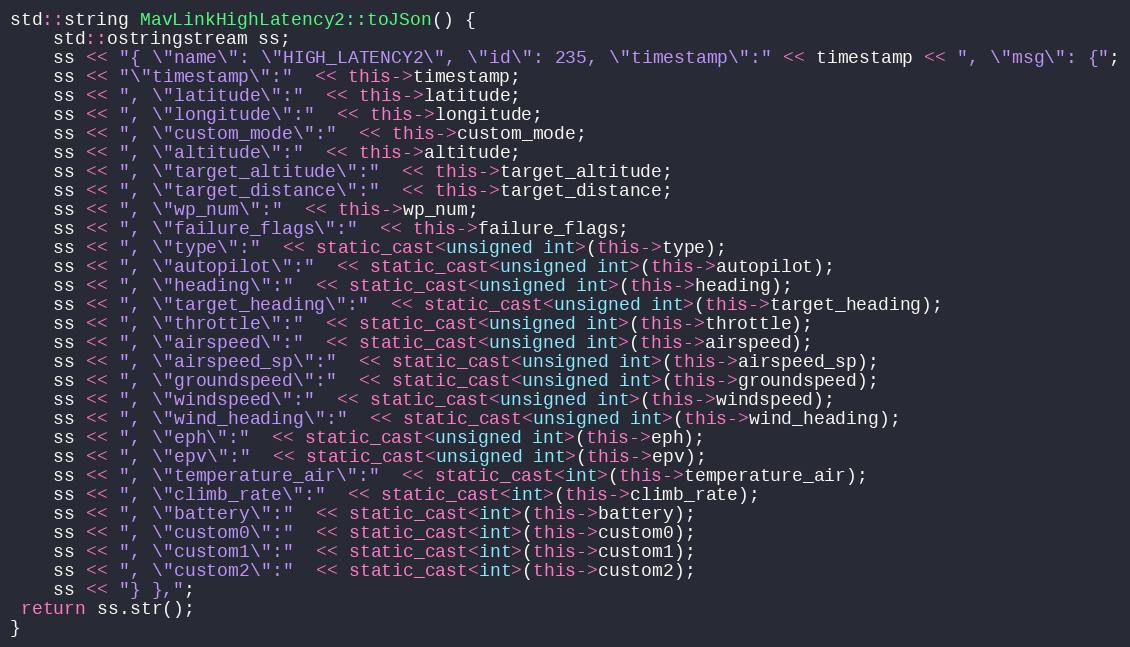
Language: C++
std::string MavLinkHighLatency2::toJSon() {
    std::ostringstream ss;
    ss << "{ \"name\": \"HIGH_LATENCY2\", \"id\": 235, \"timestamp\":" << timestamp << ", \"msg\": {";
    ss << "\"timestamp\":"  << this->timestamp;
    ss << ", \"latitude\":"  << this->latitude;
    ss << ", \"longitude\":"  << this->longitude;
    ss << ", \"custom_mode\":"  << this->custom_mode;
    ss << ", \"altitude\":"  << this->altitude;
    ss << ", \"target_altitude\":"  << this->target_altitude;
    ss << ", \"target_distance\":"  << this->target_distance;
    ss << ", \"wp_num\":"  << this->wp_num;
    ss << ", \"failure_flags\":"  << this->failure_flags;
    ss << ", \"type\":"  << static_cast<unsigned int>(this->type);
    ss << ", \"autopilot\":"  << static_cast<unsigned int>(this->autopilot);
    ss << ", \"heading\":"  << static_cast<unsigned int>(this->heading);
    ss << ", \"target_heading\":"  << static_cast<unsigned int>(this->target_heading);
    ss << ", \"throttle\":"  << static_cast<unsigned int>(this->throttle);
    ss << ", \"airspeed\":"  << static_cast<unsigned int>(this->airspeed);
    ss << ", \"airspeed_sp\":"  << static_cast<unsigned int>(this->airspeed_sp);
    ss << ", \"groundspeed\":"  << static_cast<unsigned int>(this->groundspeed);
    ss << ", \"windspeed\":"  << static_cast<unsigned int>(this->windspeed);
    ss << ", \"wind_heading\":"  << static_cast<unsigned int>(this->wind_heading);
    ss << ", \"eph\":"  << static_cast<unsigned int>(this->eph);
    ss << ", \"epv\":"  << static_cast<unsigned int>(this->epv);
    ss << ", \"temperature_air\":"  << static_cast<int>(this->temperature_air);
    ss << ", \"climb_rate\":"  << static_cast<int>(this->climb_rate);
    ss << ", \"battery\":"  << static_cast<int>(this->battery);
    ss << ", \"custom0\":"  << static_cast<int>(this->custom0);
    ss << ", \"custom1\":"  << static_cast<int>(this->custom1);
    ss << ", \"custom2\":"  << static_cast<int>(this->custom2);
    ss << "} },";
 return ss.str();
}